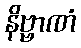
နိဗ္ဗာဏံ